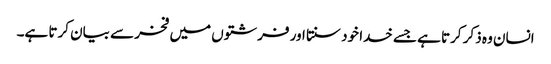
انسان وہ ذکر کرتا ہے جسے خدا خود سنتا اور فرشتوں میں فخر سے بیان کرتا ہے۔